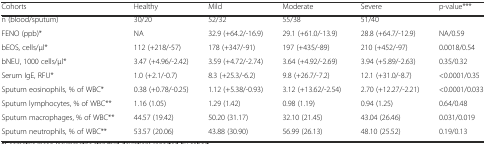
| Cohorts | Healthy | Mild | Moderate | Severe | p-value*** |
 | --- | --- | --- | --- | --- | --- |
 | n (blood/sputum) | 30/20 | 52/32 | 55/38 | 51/40 |  |
 | FENO (ppb)* | NA | 32.9 (+64.2/-16.9) | 29.1 (+61.0/-13.9) | 28.8 (+64.7/-12.9) | NA/0.59 |
 | bEOS, cells/μl* | 112 (+218/-57) | 178 (+347/-91) | 197 (+435/-89) | 210 (+452/-97) | 0.0018/0.54 |
 | bNEU, 1000 cells/μl* | 3.47 (+4.96/-2.42) | 3.59 (+4.72/-2.74) | 3.64 (+4.92/-2.69) | 3.94 (+5.89/-2.63) | 0.35/0.32 |
 | Serum IgE, RFU* | 1.0 (+2.1/-0.7) | 8.3 (+25.3/-6.2) | 9.8 (+26.7/-7.2) | 12.1 (+31.0/-8.7) | <0.0001/0.35 |
 | Sputum eosinophils, % of WBC* | 0.38 (+0.78/-0.25) | 1.12 (+5.38/-0.93) | 3.12 (+13.62/-2.54) | 2.70 (+12.27/-2.21) | <0.0001/0.033 |
 | Sputum lymphocytes, % of WBC** | 1.16 (1.05) | 1.29 (1.42) | 0.98 (1.19) | 0.94 (1.25) | 0.64/0.48 |
 | Sputum macrophages, % of WBC** | 44.57 (19.42) | 50.20 (31.17) | 32.10 (21.45) | 43.04 (26.46) | 0.031/0.019 |
 | Sputum neutrophils, % of WBC** | 53.57 (20.06) | 43.88 (30.90) | 56.99 (26.13) | 48.10 (25.52) | 0.19/0.13 |